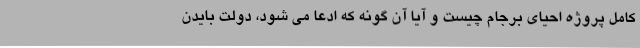
کامل پروژه احیای برجام چیست و آیا آن گونه که ادعا می شود، دولت بایدن